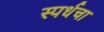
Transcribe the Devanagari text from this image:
स्पर्धचा